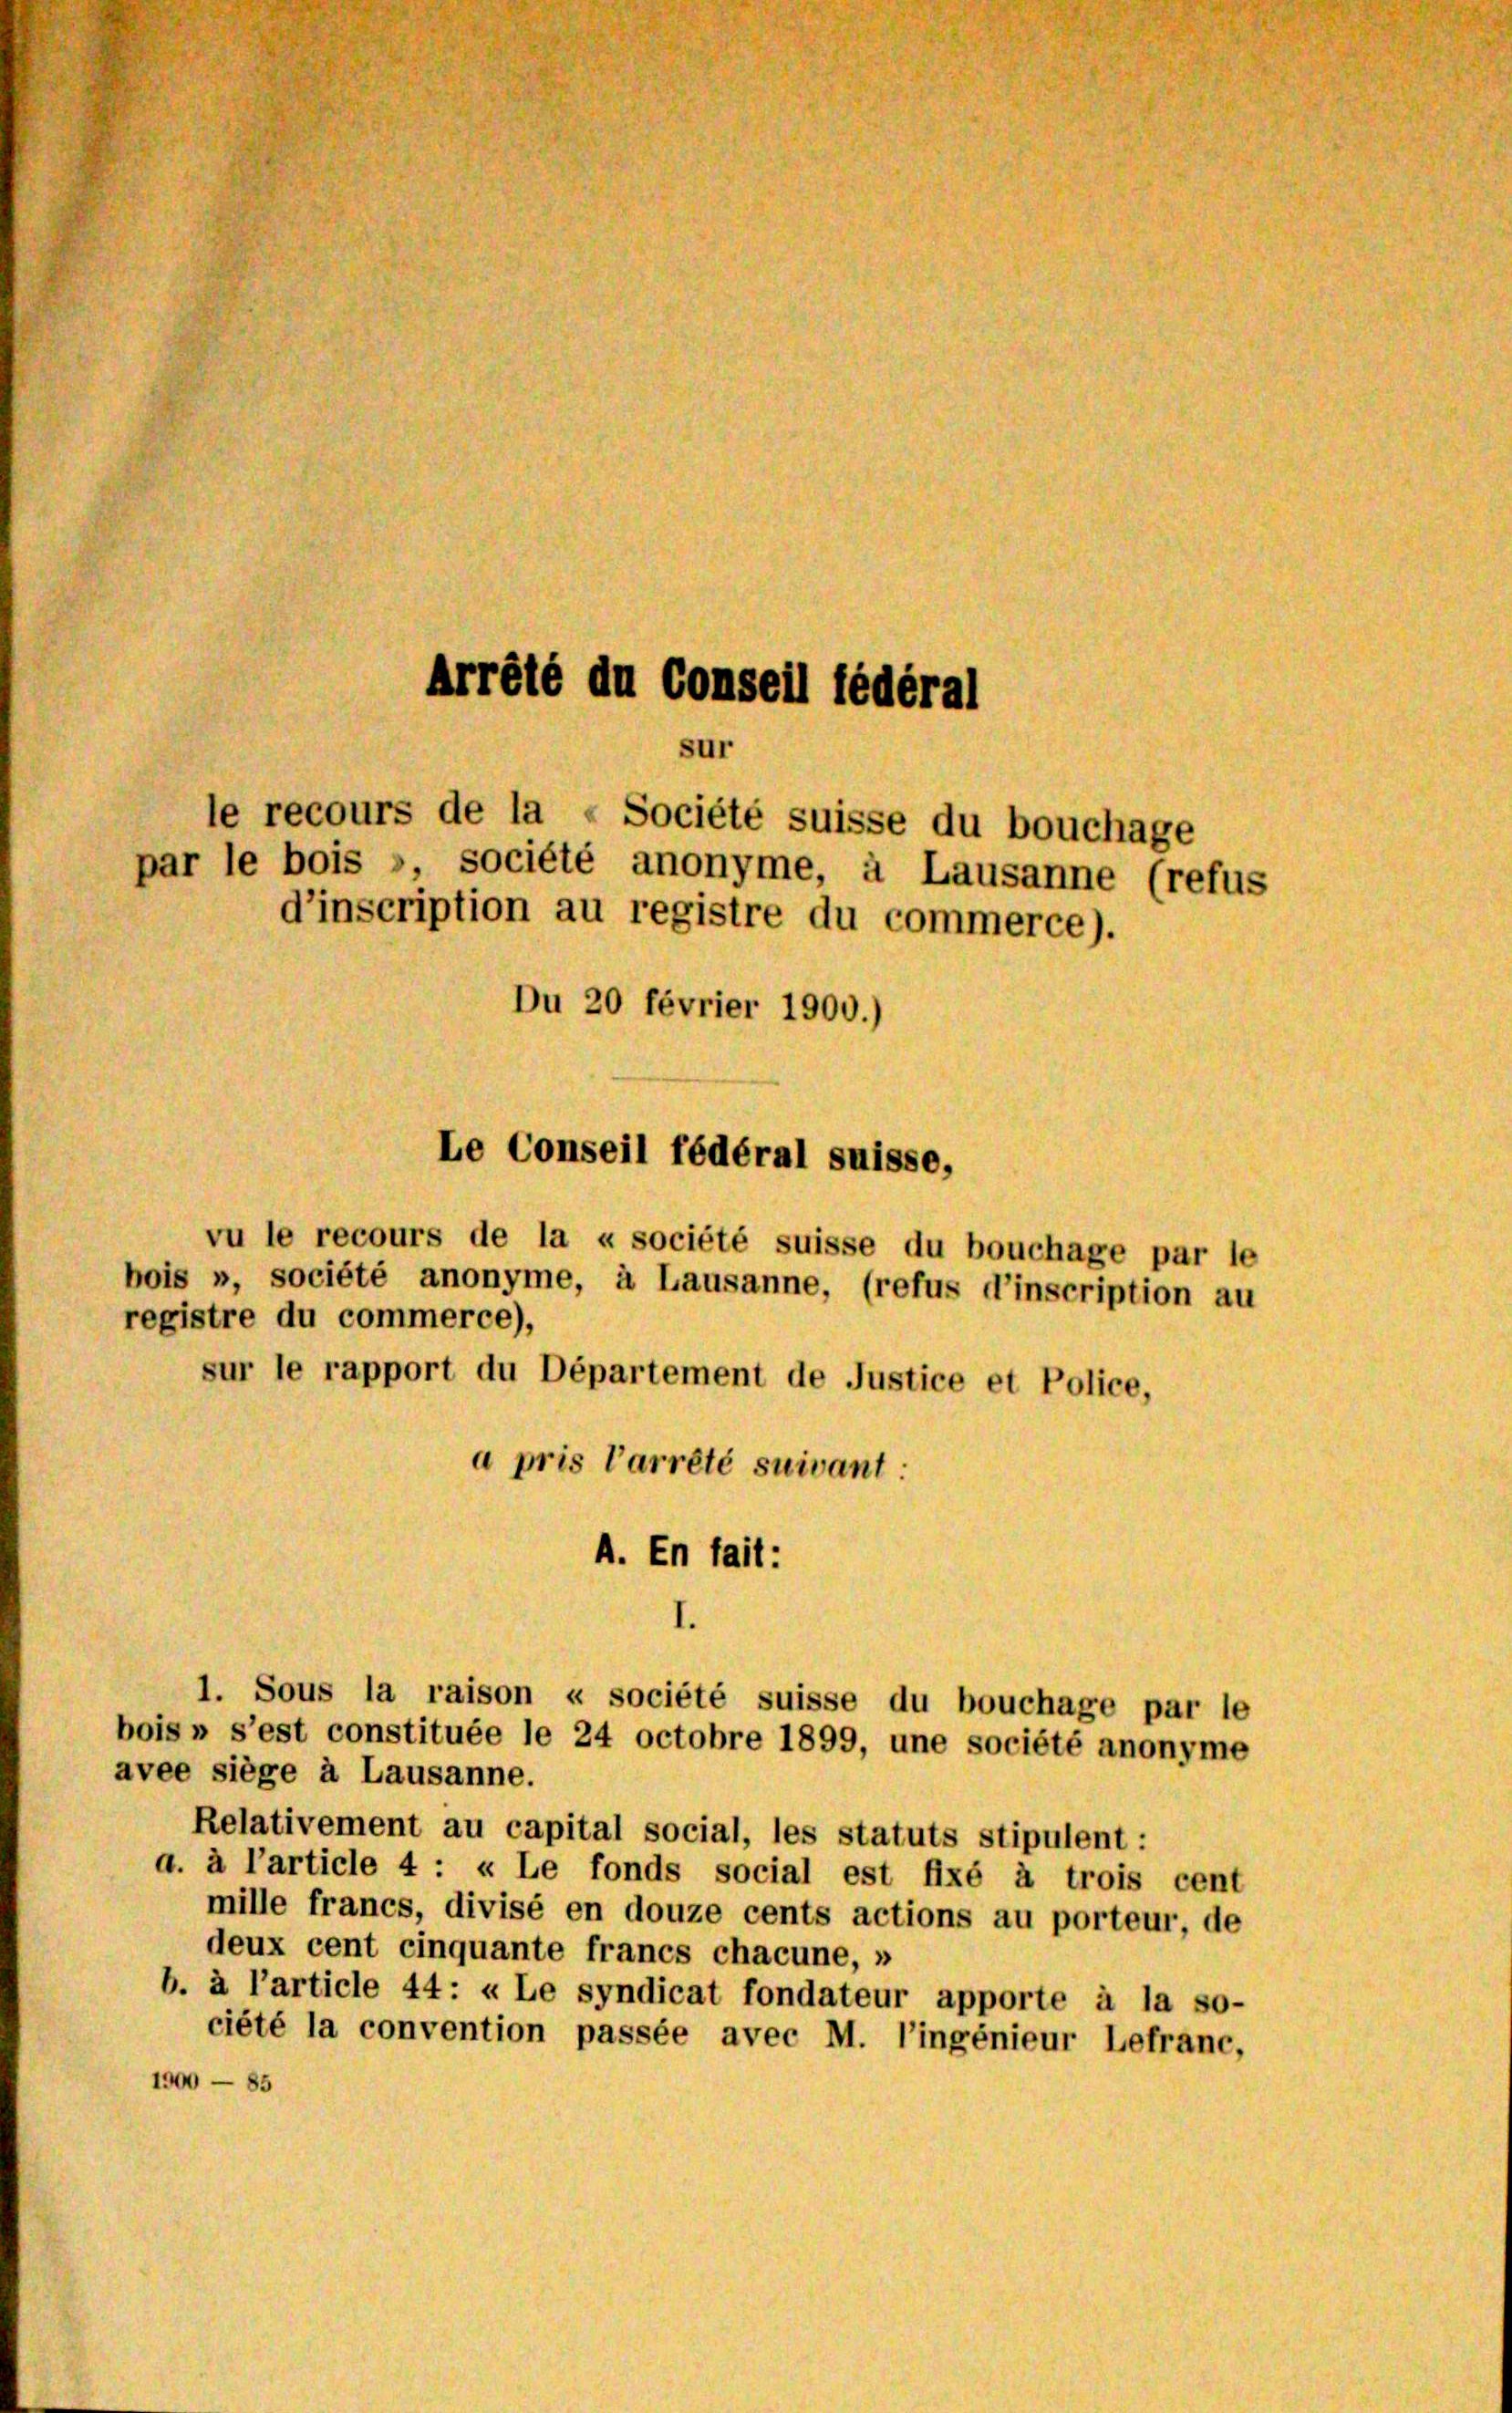
Arrété du Conseil fédéral
sur
le recours de la «Société suisse du bouchage
par le bois », société anonyme, à Lausanne (refus

d’inscription au registre du commerce).
Du 20 février 1900.)

Le Conseil fédéral suisse,

vu le recours de la « société suisse du bouchage par le
bois », société anonyme, à Lausanne, (refus d’inscription au
registre du commerce),
sur le rapport du Département de Justice et Police,
a pris l’arrêté suivant:
A. En fait:
1. Sous la raison « société suisse du bouchage par le
bois » s’est constituée le 24 octobre 1899, une société anonyme
avee siege à Lausanne.
Relativement au capital social, les statuts stipulent:
a. à l’article 4 : « Le fonds social est fixé à trois cent
mille francs, divisé en douze cents actions au porteur, de
deux cent cinquante francs chacune, »
b. à l’article 44: «Le syndicat fondateur apporte à la so-
ciété la convention passée avec M. l’ingénieur Lefranc,
1900 — 85